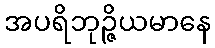
အပရိဘုဉ္ဇိယမာနေ